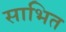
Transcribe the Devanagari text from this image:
साभित